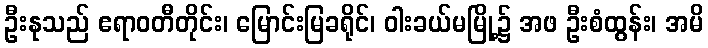
ဦးနုသည် ဧရာဝတီတိုင်း၊ မြောင်းမြခရိုင်၊ ဝါးခယ်မမြို့၌ အဖ ဦးစံထွန်း၊ အမိ